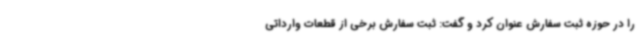
را در حوزه ثبت سفارش عنوان کرد و گفت: ثبت سفارش برخی از قطعات وارداتی